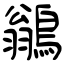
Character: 鶲